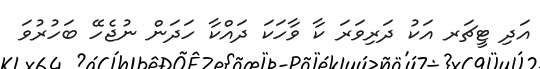
އަދި ޓީޗަރ އަކު ދަރިވަރަ ކާ ވާހަކަ ދައްކާ ހަދަން ނުޖެހޭ ބަހުރުވަ